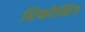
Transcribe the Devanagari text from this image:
रिकोनिंग